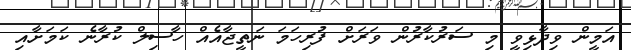
އަމީން ވިދާޅިވީ މި ސަރުކާރުން ވަރަށް ފުރިހަމަ ނަތީޖާއެއް ހާސިލް ކުރާނެ ކަމަށާއި